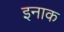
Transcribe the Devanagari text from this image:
इनाक